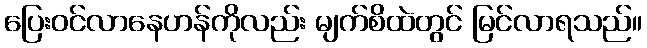
ပြေးဝင်လာနေဟန်ကိုလည်း မျက်စိထဲတွင် မြင်လာရသည်။